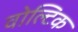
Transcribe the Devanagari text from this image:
वोल्टिक